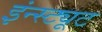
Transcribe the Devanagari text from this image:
इंन्स्ट्यूट